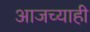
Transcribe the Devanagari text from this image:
आजच्याही